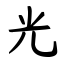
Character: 光